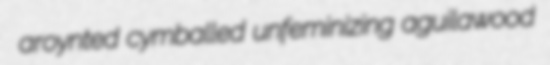
aroynted cymballed unfeminizing aguilawood